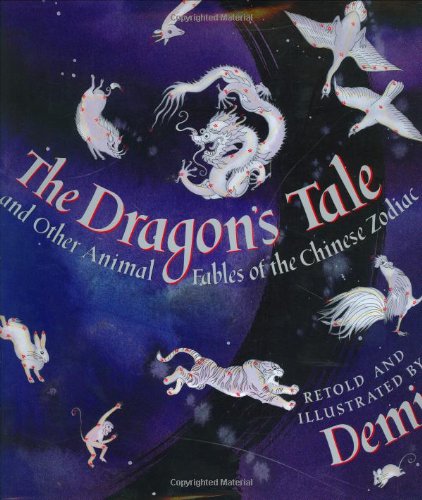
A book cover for The Dragon's Tale: and Other Animal Fables of the Chinese Zodiac; Demi; Children's Books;